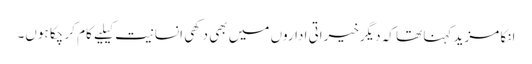
انکا مزید کہنا تھا کہ دیگرخیراتی اداروں میں بھی دکھی انسانیت کیلیے کام کر چکا ہوں۔